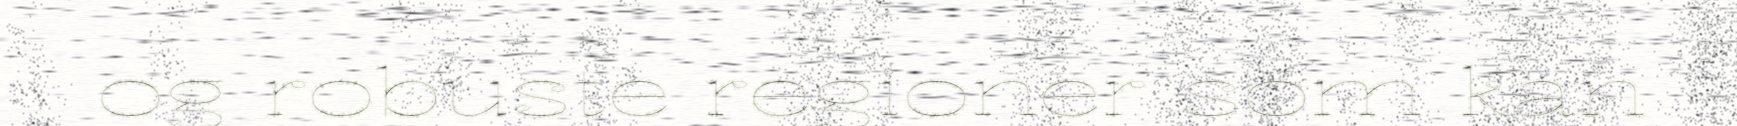
og robuste regioner som kan